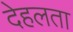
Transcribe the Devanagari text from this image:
देहलता